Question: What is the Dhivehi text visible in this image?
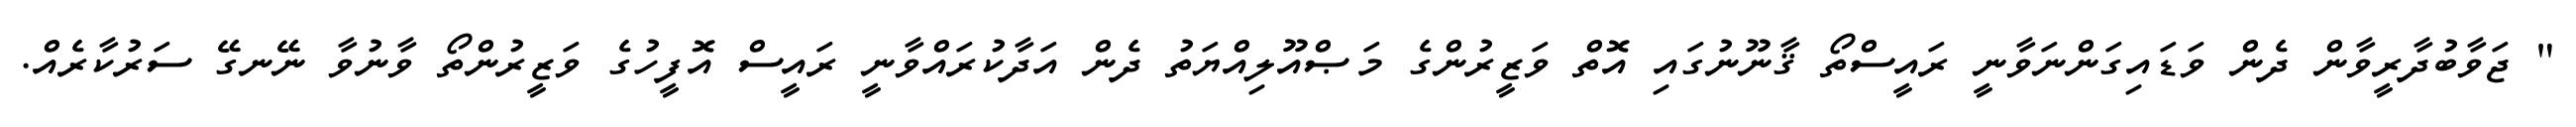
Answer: " ޖަވާބުދާރީވާން ދެން ވަޑައިގަންނަވާނީ ރައީސްތޯ ޤާނޫނުގައި އޮތް ވަޒީރުންގެ މަޞްއޫލިއްޔަތު ދެން އަދާކުރައްވާނީ ރައީސް އޮފީހުގެ ވަޒީރުންތޯ ވާނުވާ ނޭނގޭ ސަރުކާރެއް.